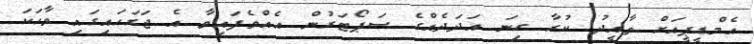
އެމްޑީޕީއަށް ތާއީދު ކުރާ ގިނަ އަދަދެއްގެ ސަޕޯޓަރުން އެއްވެފައިވާ އެ ޖަގަހައިގައި ވާހަކަ